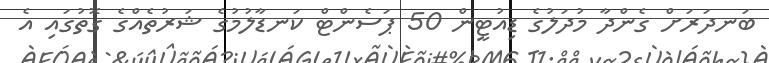
ބަނދަރަށް ގެންދާ މުދަލުގެ ޑިއުޓީން 50 ޕަސެންޓް ކަނޑާލުމުގެ ޝަރުތެއްގެ ގޮތުގައި އެ